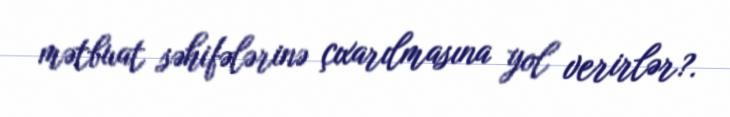
mətbuat səhifələrinə çıxarılmasına yol verirlər?.